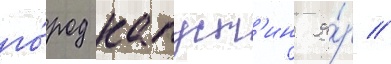
го́род капуст'ин я́р //